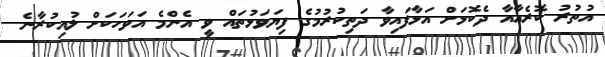
އުތުރު ކޮރެއާއާ ދެކޮޅަށް އަޅާފައިވާ ދަތިކުރުމުގެ ފިޔަވަޅުތައް ވީ އެންމެ އަވަހަކަށް ލުއިކުރާނެ